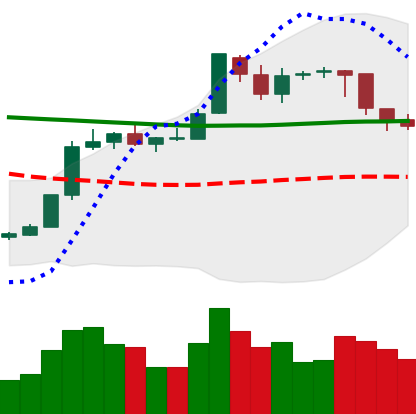
Ticker: BTC-USD
Chart end date: 2018-08-02
Forward return: -10.757%
Label: down_7plus